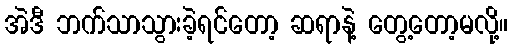
အဲဒီ ဘက်သာသွားခဲ့ရင်တော့ ဆရာနဲ့ တွေ့တော့မလို့။